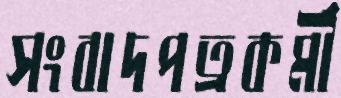
সংবাদপত্রকর্মী